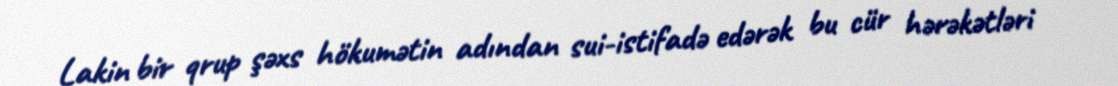
Lakin bir qrup şəxs hökumətin adından sui-istifadə edərək bu cür hərəkətləri